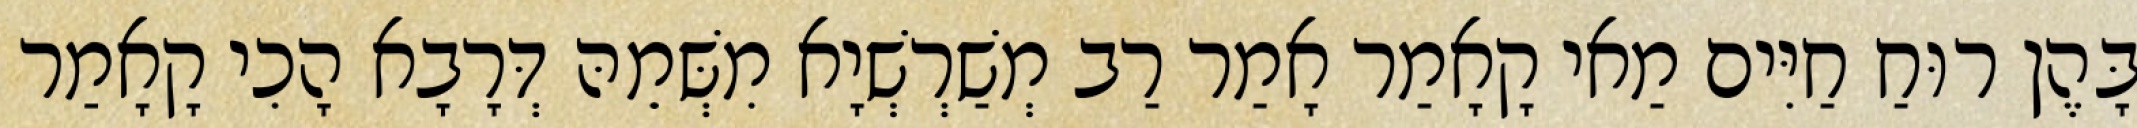
בָּהֶן רוּחַ חַיִּים מַאי קָאָמַר אָמַר רַב מְשַׁרְשְׁיָא מִשְּׁמֵהּ דְּרָבָא הָכִי קָאָמַר